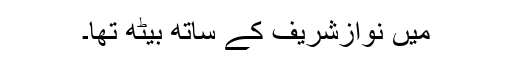
میں نوازشریف کے ساتھ بیٹھ تھا۔